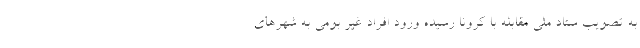
به تصویب ستاد ملی مقابله با کرونا رسیده ورود افراد غیر بومی به شهرهای